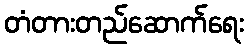
တံတားတည်ဆောက်ရေး